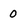
Character: 0